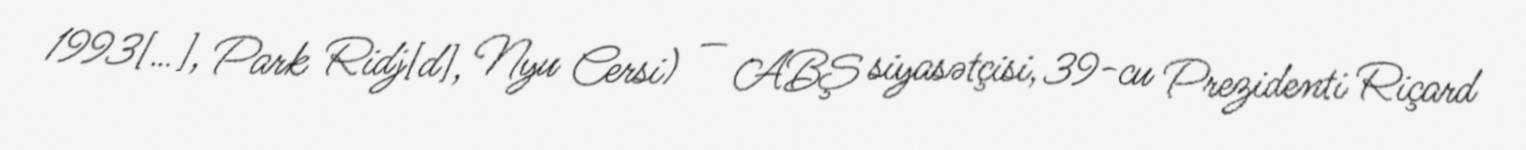
1993[…], Park Ridj[d], Nyu Cersi) — ABŞ siyasətçisi, 39-cu Prezidenti Riçard